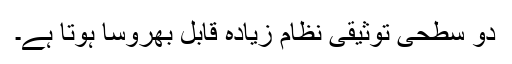
دو سطحی توثیقی نظام زیادہ قابل بھروسا ہوتا ہے۔